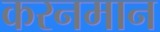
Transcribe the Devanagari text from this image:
करनमान